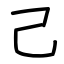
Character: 己